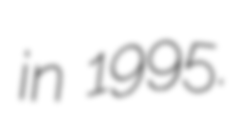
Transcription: in 1995.